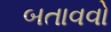
બતાવવો